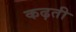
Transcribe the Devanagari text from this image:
कढ़ती